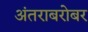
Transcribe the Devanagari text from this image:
अंतराबरोबर